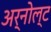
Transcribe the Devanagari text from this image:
अर्नोल्ट